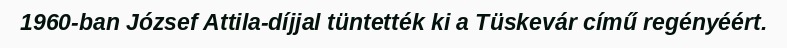
1960-ban József Attila-díjjal tüntették ki a Tüskevár című regényéért.